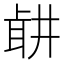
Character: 𦕡